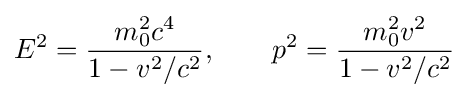
E^{2}={\frac {m_{0}^{2}c^{4}}{1-v^{2}/c^{2}}},\qquad p^{2}={\frac {m_{0}^{2}v^{2}}{1-v^{2}/c^{2}}}